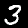
Label: 3